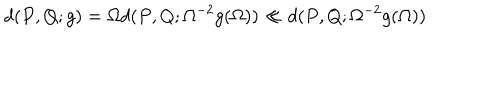
d ( P , Q ; g ) = \Omega d ( P , Q ; \Omega ^ { - 2 } g ( \Omega ) ) \ll d ( P , Q ; \Omega ^ { - 2 } g ( \Omega ) )